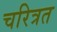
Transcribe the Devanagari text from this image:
चरित्रत